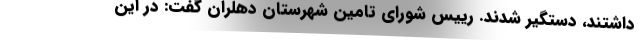
داشتند، دستگیر شدند. رییس شورای تامین شهرستان دهلران گفت: در این